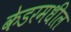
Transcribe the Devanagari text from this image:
केडरमधील